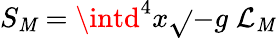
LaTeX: S_{\mathit{M}}=\intd^{4}x{\sqrt{}{{-g}}}\; {\mathcal{{L}}}_{\mathrm{{\mathit{M}}}}